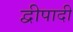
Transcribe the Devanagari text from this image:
द्वीपादी